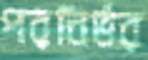
পরনির্ভর